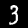
Label: 3